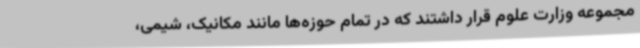
مجموعه وزارت علوم قرار داشتند که در تمام حوزه‌ها مانند مکانیک، شیمی،